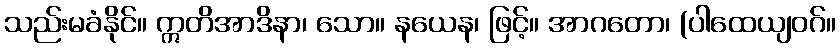
သည်းမခံနိုင်။ ဣတိအာဒိနာ၊ သော။ နယေန၊ ဖြင့်။ အာဂတော၊ (ပါထေယျဝဂ်။